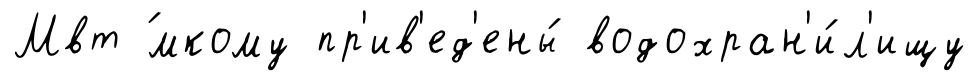
Мвт ́мкому пр'ив'ед'ены́ водохран'и́л'ищу